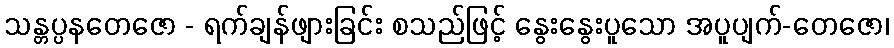
သန္တပ္ပနတေဇော - ရက်ချန်ဖျားခြင်း စသည်ဖြင့် နွေးနွေးပူသော အပူပျက်-တေဇော၊